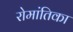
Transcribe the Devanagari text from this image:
रोमांतिका